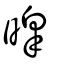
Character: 暭